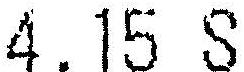
4.15 S